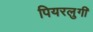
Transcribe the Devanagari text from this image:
पियरलुगी